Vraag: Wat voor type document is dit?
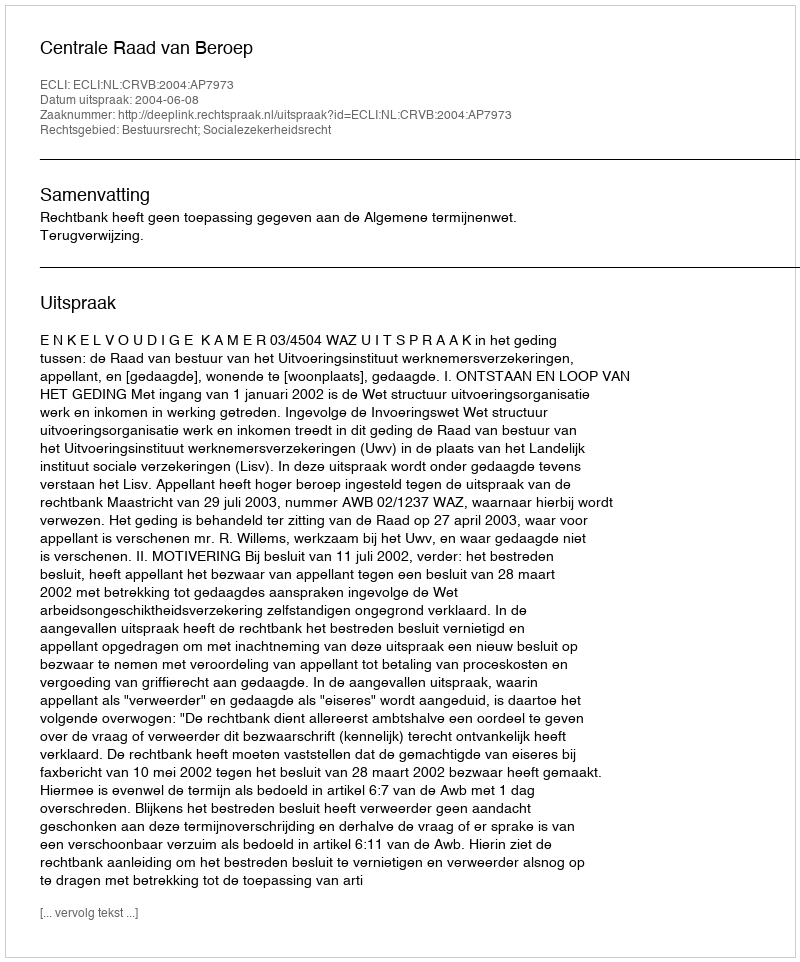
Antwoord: Uitspraak